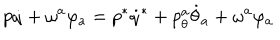
p \dot { q } + \omega ^ { a } \varphi _ { a } = p ^ { * } \dot { q } ^ { * } + p _ { \theta } ^ { a } \dot { \theta } _ { a } + \omega ^ { a } \varphi _ { a }